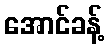
အောင်ခန့်